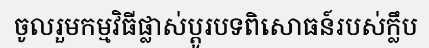
ចូលរួមកម្មវិធីផ្លាស់ប្តូរបទពិសោធន៍របស់ក្លឹប